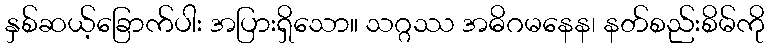
နှစ်ဆယ့်ခြောက်ပါး အပြားရှိသော။ သဂ္ဂဿ အဓိဂမနေန၊ နတ်စည်းစိမ်ကို